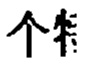
\text{个  性}